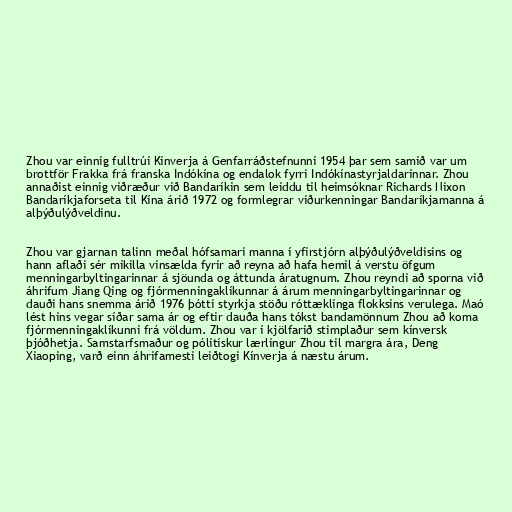
Zhou var einnig fulltrúi Kínverja á Genfarráðstefnunni 1954 þar sem samið var um
brottför Frakka frá franska Indókína og endalok fyrri Indókínastyrjaldarinnar. Zhou
annaðist einnig viðræður við Bandaríkin sem leiddu til heimsóknar Richards Nixon
Bandaríkjaforseta til Kína árið 1972 og formlegrar viðurkenningar Bandaríkjamanna á
alþýðulýðveldinu.

Zhou var gjarnan talinn meðal hófsamari manna í yfirstjórn alþýðulýðveldisins og
hann aflaði sér mikilla vinsælda fyrir að reyna að hafa hemil á verstu öfgum
menningarbyltingarinnar á sjöunda og áttunda áratugnum. Zhou reyndi að sporna við
áhrifum Jiang Qing og fjórmenningaklíkunnar á árum menningarbyltingarinnar og
dauði hans snemma árið 1976 þótti styrkja stöðu róttæklinga flokksins verulega. Maó
lést hins vegar síðar sama ár og eftir dauða hans tókst bandamönnum Zhou að koma
fjórmenningaklíkunni frá völdum. Zhou var í kjölfarið stimplaður sem kínversk
þjóðhetja. Samstarfsmaður og pólitískur lærlingur Zhou til margra ára, Deng
Xiaoping, varð einn áhrifamesti leiðtogi Kínverja á næstu árum.